Annual report on the working of the lock hospitals in the Central Provinces
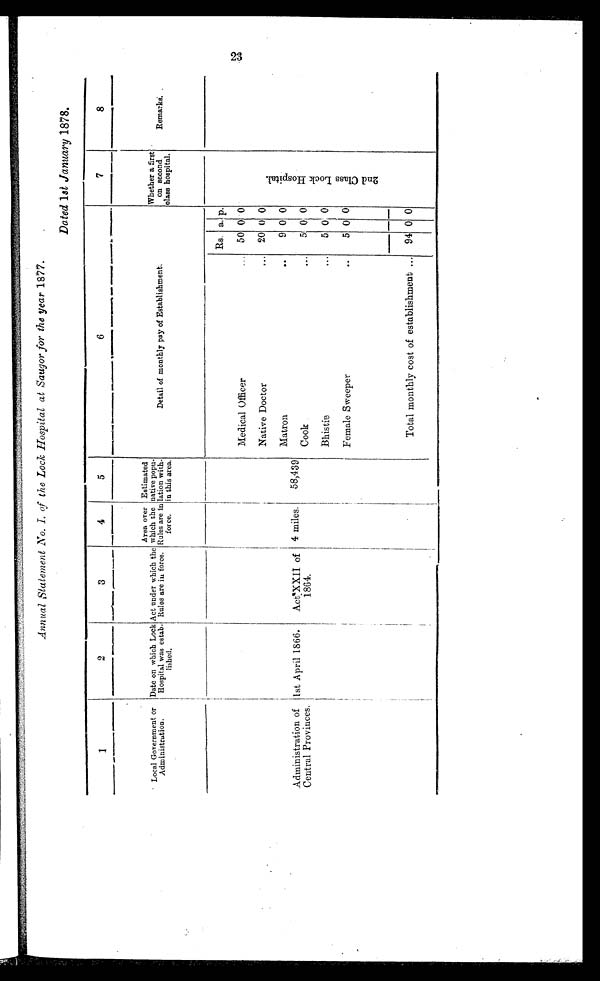
Annual Statement No. I. of the Lock Hospital at Saugor for the year 1877.
Dated 1st January 1878.
1
2
3
4
5
6
7
8
Local Government or
Administration.
Date on which Lock
Hospital was estab
lished.
Act under which the
Rules are in force.
Area over
which the
Rules are in
force.
Estimated
native popu-
lation with-
in this area.
Detail of monthly pay of Establishment:
Whether a first
on second
class hospital.
Remarks.
Administration of
Central Provinces.
1st April 1866. Act'XXII of
1864.
4 miles. 58,439
Rs. a. p.
2 n d C l a s s L o o k H o s p i t a l .
Medical Officer
... 50 0 '0
Native Doctor
. 20 0 0
Matron
..
9 0 0
Cook
... 5t 0 0
Bhistie
... 5 0 0
Female Sweeper
..
5 0
--
0
Total monthly cost of establishment ... 94 0 0